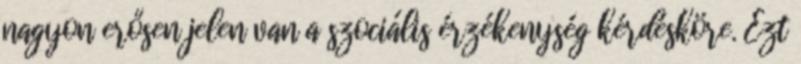
nagyon erősen jelen van a szociális érzékenység kérdésköre. Ezt